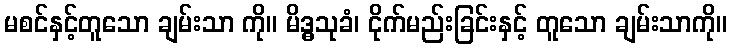
မစင်နှင့်တူသော ချမ်းသာ ကို။ မိဒ္ဓသုခံ၊ ငိုက်မည်းခြင်းနှင့် တူသော ချမ်းသာကို။